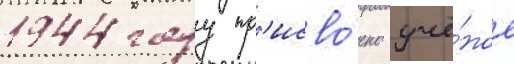
1944 году пр'исво́ено учё́ное